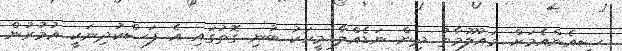
ސީއެންއެމަށް މައުލޫމާތު ދިން ނަޑެއްލާ މީހަކު ބުނި ގޮތުގައި އެ ފަސްކުދިނަކީ އުމުރުން